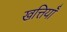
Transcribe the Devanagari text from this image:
खत्तियॉं